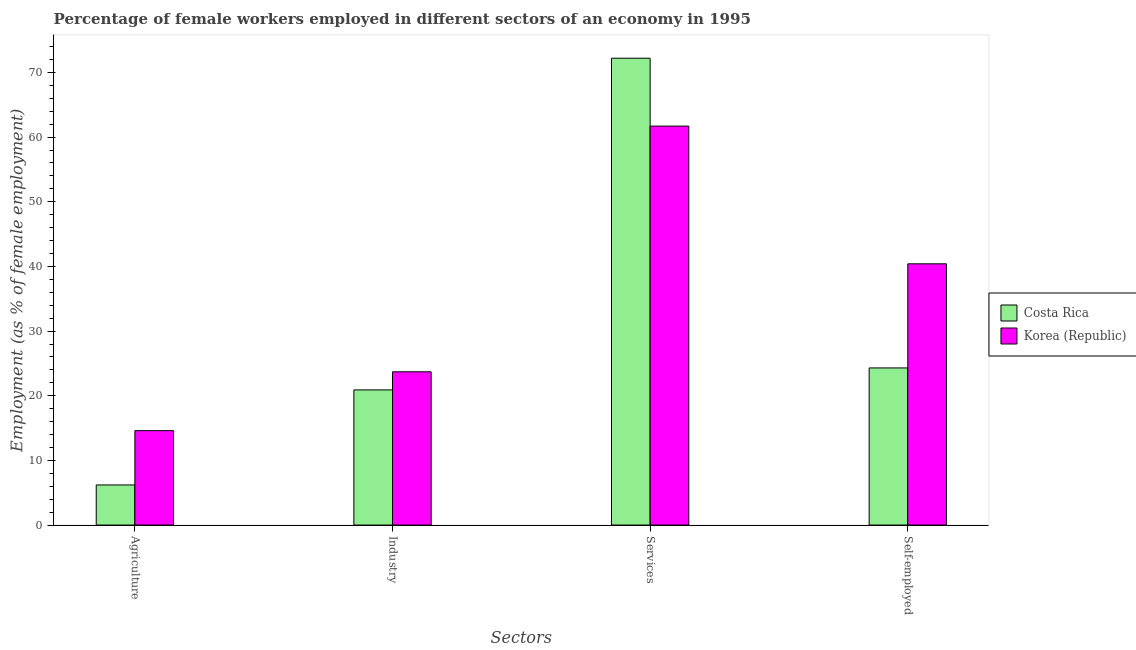
| Sectors | Costa Rica | Korea (Republic) |
 | --- | --- | --- |
 | Agriculture | 6.2 | 14.6 |
 | Industry | 20.9 | 23.7 |
 | Services | 72.2 | 61.7 |
 | Self-employed | 24.3 | 40.4 |